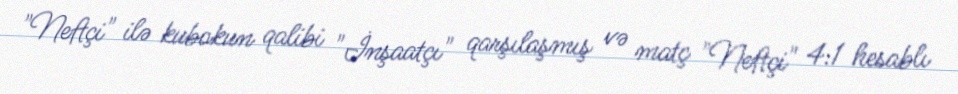
"Neftçi" ilə kubokun qalibi "İnşaatçı" qarşılaşmış və matç "Neftçi" 4:1 hesablı